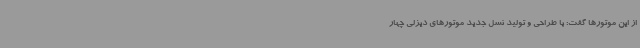
از این موتورها گفت: با طراحی و تولید نسل جدید موتورهای دیزلی چهار